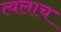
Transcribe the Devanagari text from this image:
त्यलाच